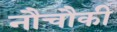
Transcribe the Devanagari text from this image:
नौचौकी